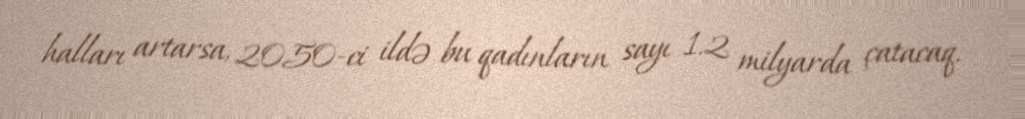
halları artarsa, 2050-ci ildə bu qadınların sayı 1.2 milyarda çatacaq.